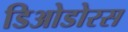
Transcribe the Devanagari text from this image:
डिओडोरस